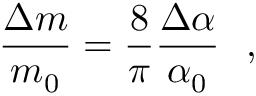
\frac { \Delta m } { m _ { 0 } } = \frac { 8 } { \pi } \frac { \Delta \alpha } { \alpha _ { 0 } } ~ ~ ,